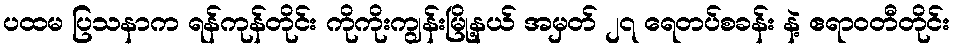
ပထမ ပြသနာက ရန်ကုန်တိုင်း ကိုကိုးကျွန်းမြို့နယ် အမှတ် ၂၇ ရေတပ်စခန်း နဲ့ ဧရာဝတီတိုင်း